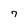
Character: 7